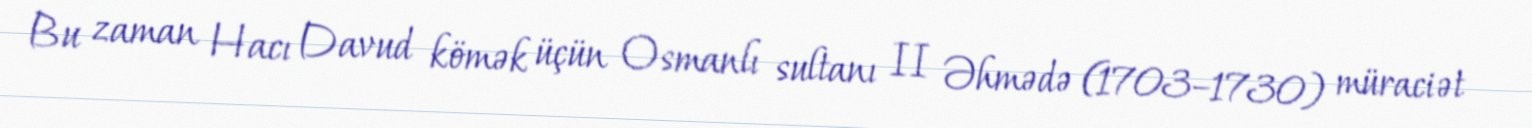
Bu zaman Hacı Davud kömək üçün Osmanlı sultanı II Əhmədə (1703–1730) müraciət